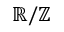
\mathbb { R } / \mathbb { Z }